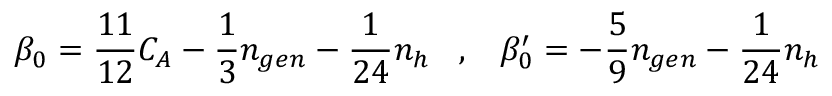
\beta _ { 0 } = \frac { 1 1 } { 1 2 } C _ { A } - \frac { 1 } { 3 } n _ { g e n } - \frac { 1 } { 2 4 } n _ { h } \; \; \; , \; \; \; \beta _ { 0 } ^ { \prime } = - \frac { 5 } { 9 } n _ { g e n } - \frac { 1 } { 2 4 } n _ { h }